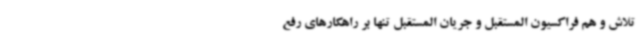
تلاش و هم فراکسیون المستقبل و جریان المستقبل تنها بر راهکارهای رفع